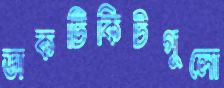
ডাকটিকিটগুলো